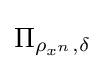
\Pi _{\rho _{x^{n}},\delta }